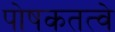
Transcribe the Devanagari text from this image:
पोषकतत्वे